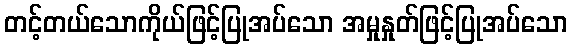
တင့်တယ်သောကိုယ်ဖြင့်ပြုအပ်သော အမှုနှုတ်ဖြင့်ပြုအပ်သော